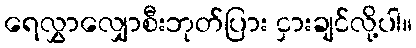
ရေလွှာလျှောစီးဘုတ်ပြား ငှားချင်လို့ပါ။